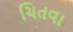
ચિતવા